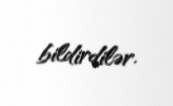
bildirdilər.